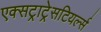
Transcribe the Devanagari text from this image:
एक्सट्राट्रेसटियर्ल्स